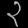
Digit: ၃